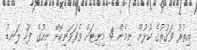
އިތުރު ވަގުތުގެ ކުޅުން ނިމެން 4 މިނިޓަށް ވެފަވަނިކޮށް ނިއުގެ ފަހު ލަނޑު